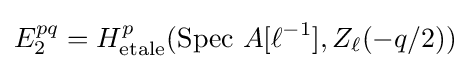
E_{2}^{pq}=H_{\text{etale}}^{p}({\text{Spec }}A[\ell ^{-1}],Z_{\ell }(-q/2))